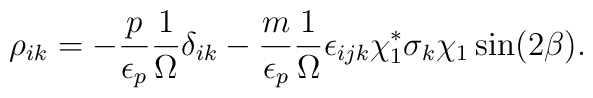
\rho_{ik} = -\frac{p}{\epsilon_p}\frac{1}{\Omega}\delta_{ik} -                     \frac{m}{\epsilon_p}\frac{1}{\Omega}                     \epsilon_{ijk}\chi_1^*\sigma_k\chi_1\sin(2\beta).